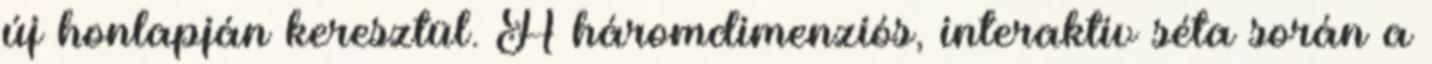
új honlapján keresztül. A háromdimenziós, interaktív séta során a